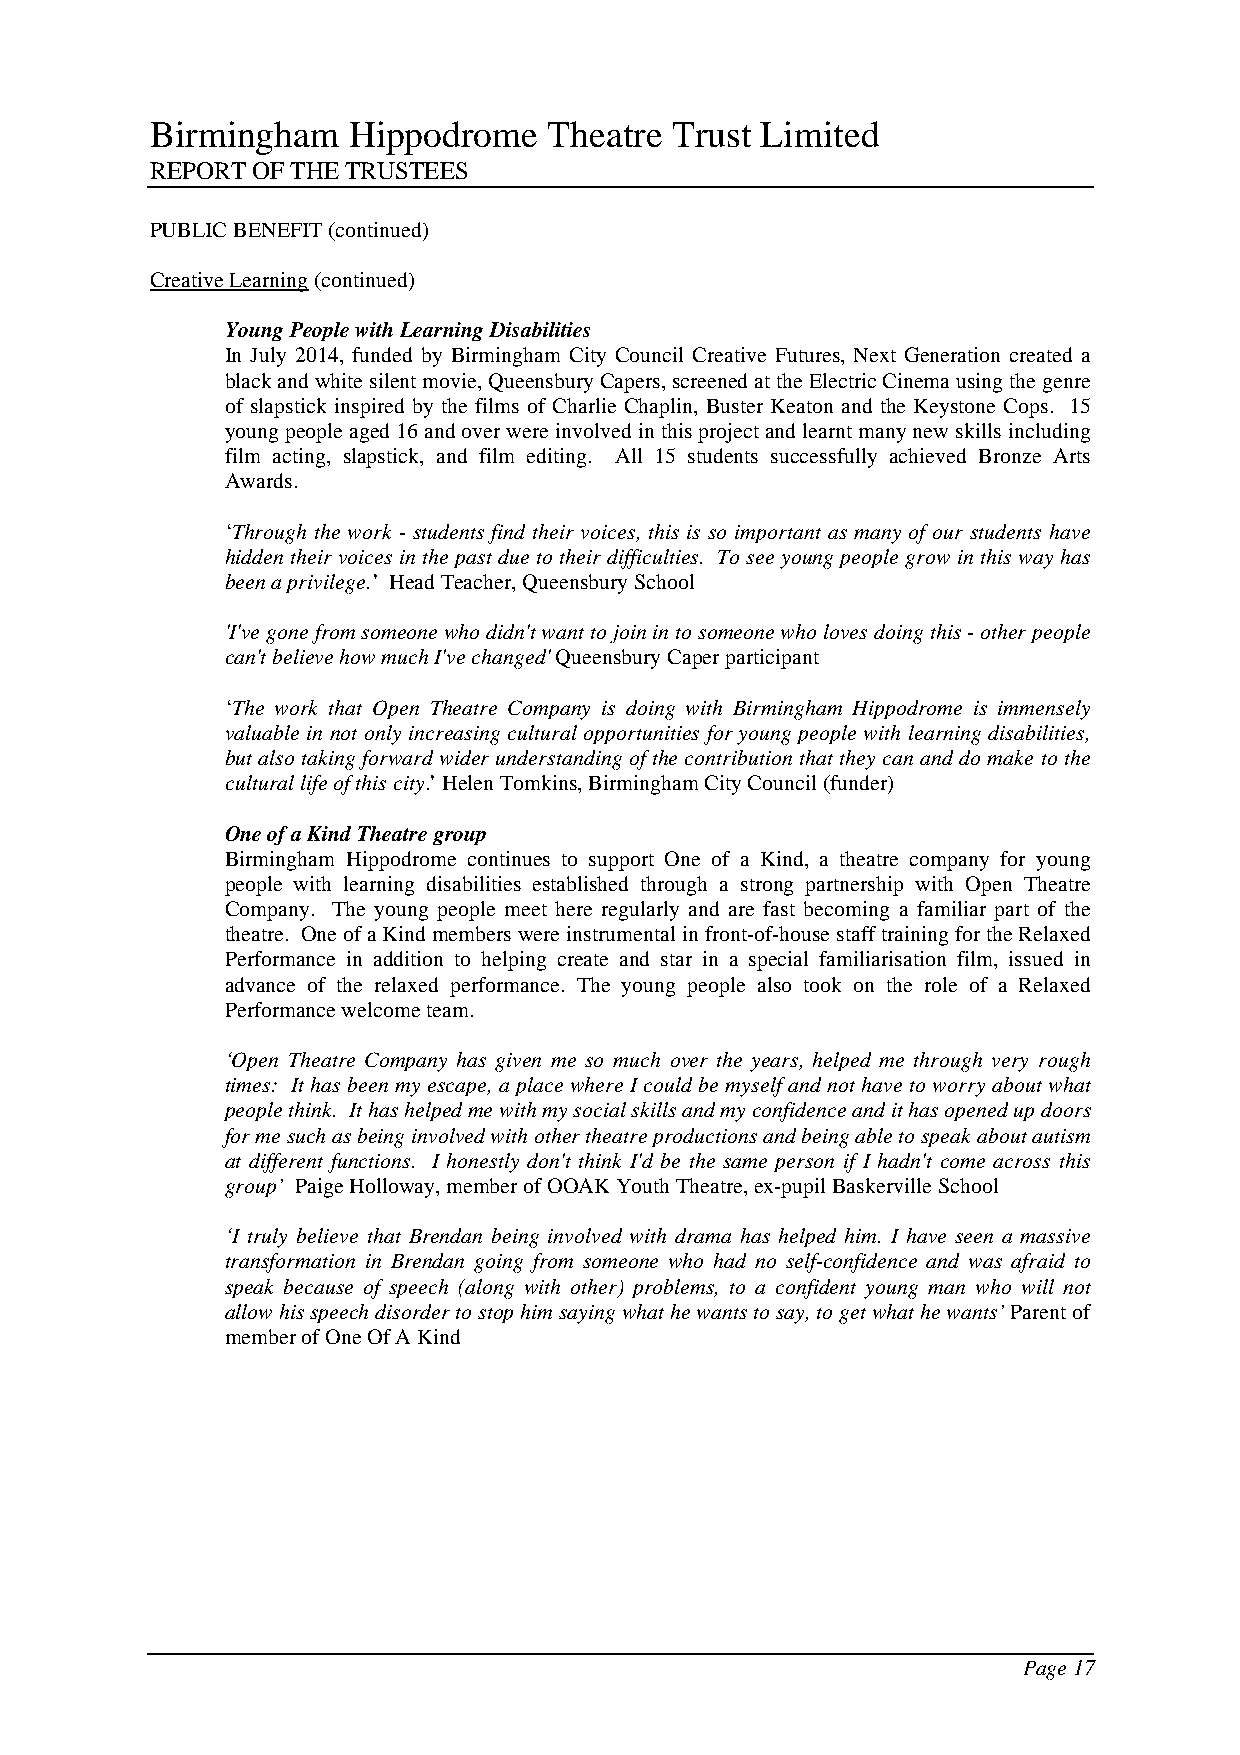
Birmingham   Hippodrome   Theatre Trust Limited
 REPORT OF THE TRUSTEES
 PUBLIC BENEFIT (continued)
 Creative Learning (continued)
 Young People with Learning Disabilities
 In July 2014, funded by Birmingham City Council Creative Futures, Next Generation created a
 black and white silent movie, Queensbury Capers, screened at the Electric Cinema using the genre
 of slapstick inspired by the films of Charlie Chaplin, Buster Keaton and the Keystone Cops. 15
 young people aged 16 and over were involved in this project and learnt many new skills including
 film acting, slapstick, and film editing. All 15 students successfully achieved Bronze Arts
 Awards.
 ‘Through the work - students find their voices, this is so important as many of our students have
 hidden their voices in the past due to their difficulties. To see young people grow in this way has
 been a privilege.’ Head Teacher, Queensbury School
 'I've gone from someone who didn't want to join in to someone who loves doing this - other people
 can't believe how much I've changed' Queensbury Caper participant
 ‘The work that Open Theatre Company is doing with Birmingham Hippodrome is immensely
 valuable in not only increasing cultural opportunities for young people with learning disabilities,
 but also taking forward wider understanding of the contribution that they can and do make to the
 cultural life of this city.’ Helen Tomkins, Birmingham City Council (funder)
 One of a Kind Theatre group
 Birmingham Hippodrome continues to support One of a Kind, a theatre company for young
 people with learning disabilities established through a strong partnership with Open Theatre
 Company. The young people meet here regularly and are fast becoming a familiar part of the
 theatre. One of a Kind members were instrumental in front-of-house staff training for the Relaxed
 Performance in addition to helping create and star in a special familiarisation film, issued in
 advance of the relaxed performance. The young people also took on the role of a Relaxed
 Performance welcome team.
 ‘Open Theatre Company has given me so much over the years, helped me through very rough
 times: It has been my escape, a place where I could be myself and not have to worry about what
 people think. It has helped me with my social skills and my confidence and it has opened up doors
 for me such as being involved with other theatre productions and being able to speak about autism
 at different functions. I honestly don't think I'd be the same person if I hadn't come across this
 group’ Paige Holloway, member of OOAK Youth Theatre, ex-pupil Baskerville School
 ‘I truly believe that Brendan being involved with drama has helped him. I have seen a massive
 transformation in Brendan going from someone who had no self-confidence and was afraid to
 speak because of speech (along with other) problems, to a confident young man who will not
 allow his speech disorder to stop him saying what he wants to say, to get what he wants’ Parent of
 member of One Of A Kind
 Page 17